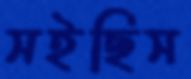
সইছিস